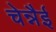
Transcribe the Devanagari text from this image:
चेन्नैई